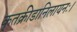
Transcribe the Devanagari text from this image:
कृतक्रीडानिलायनः।